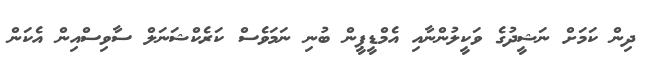
ދިން ކަމަށް ނަޝީދުގެ ވަކީލުންނާއި އެމްޑީޕީން ބުނި ނަމަވެސް ކަރެކްޝަނަލް ސާވިސްއިން އެކަން